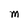
Character: M